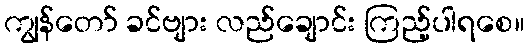
ကျွန်တော် ခင်ဗျား လည်ချောင်း ကြည့်ပါရစေ။